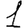
Digit: 1